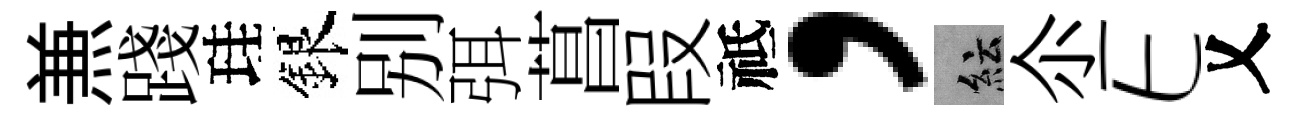
𠔥踐珪銀别弭菖叚祗，紜尒E乂